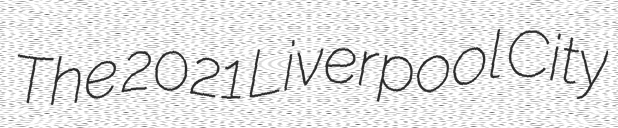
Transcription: The 2021 Liverpool City